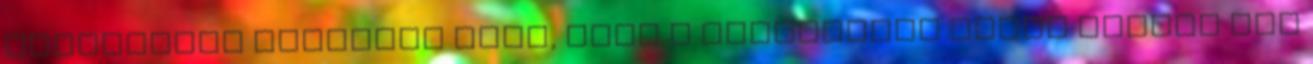
elfogadott vélemény volt, hogy a természeti népek tagjai nem